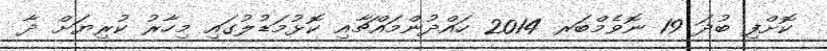
ކޮށްފި ބުދަ 19 ނޮވެމްބަރ 2014 ހައްދުންމައްޗާއި ކޮޅުމަޑުލުގައި މިހާރު ކުރިޔަށް ދާ